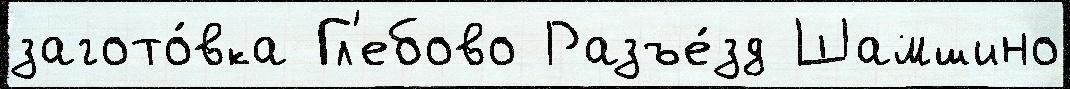
загото́вка Гл'ебово Разъе́зд Шамшино